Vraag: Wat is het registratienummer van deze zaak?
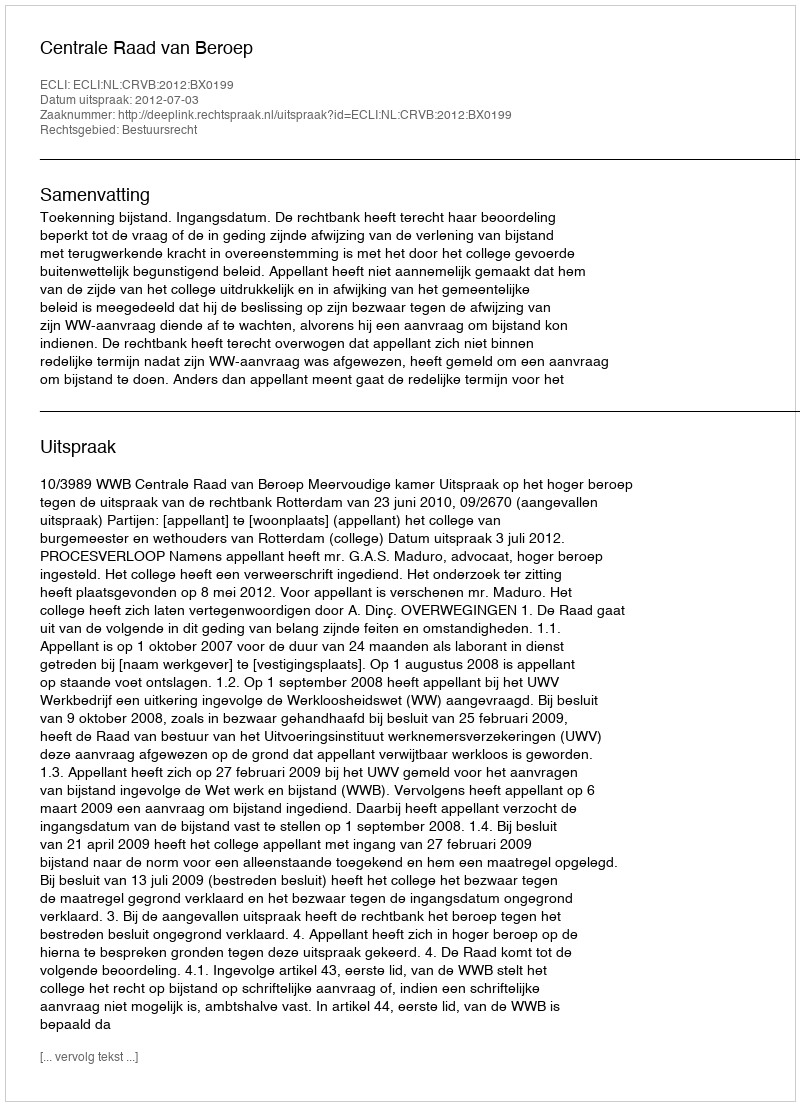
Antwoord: http://deeplink.rechtspraak.nl/uitspraak?id=ECLI:NL:CRVB:2012:BX0199